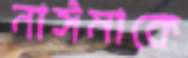
নাঈমাকে